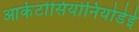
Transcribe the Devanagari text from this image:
आर्कटोसियोनियोडेई